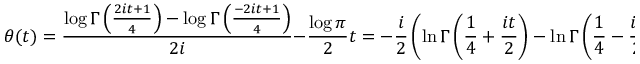
\theta ( t ) = { \frac { \log \Gamma \left( { \frac { 2 i t + 1 } { 4 } } \right) - \log \Gamma \left( { \frac { - 2 i t + 1 } { 4 } } \right) } { 2 i } } - { \frac { \log \pi } { 2 } } t = - { \frac { i } { 2 } } \left( \ln \Gamma \left( { \frac { 1 } { 4 } } + { \frac { i t } { 2 } } \right) - \ln \Gamma \left( { \frac { 1 } { 4 } } - { \frac { i t } { 2 } } \right) \right) - { \frac { \ln ( \pi ) t } { 2 } }